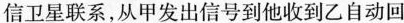
信卫星联系，从甲发出信号到他收到乙自动回